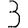
Digit: 3